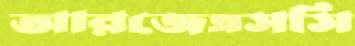
আরজেএসসি